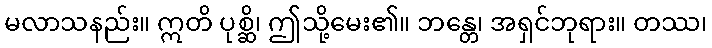
မလာသနည်း။ ဣတိ ပုစ္ဆိ၊ ဤသို့မေး၏။ ဘန္တေ၊ အရှင်ဘုရား။ တဿ၊